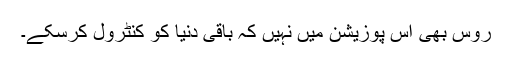
روس بھی اس پوزیشن میں نہیں کہ باقی دنیا کو کنٹرول کرسکے۔